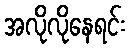
အလိုလိုနေရင်း